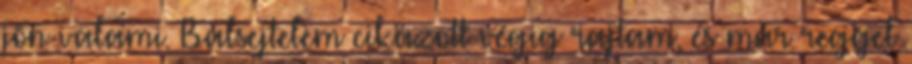
jön valami. Balsejtelem cikázott végig rajtam, és már reggel